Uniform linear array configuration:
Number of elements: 32
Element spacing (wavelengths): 1
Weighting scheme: hann
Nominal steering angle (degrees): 60
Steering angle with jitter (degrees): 60.647
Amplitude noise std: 0.05
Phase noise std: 0.05

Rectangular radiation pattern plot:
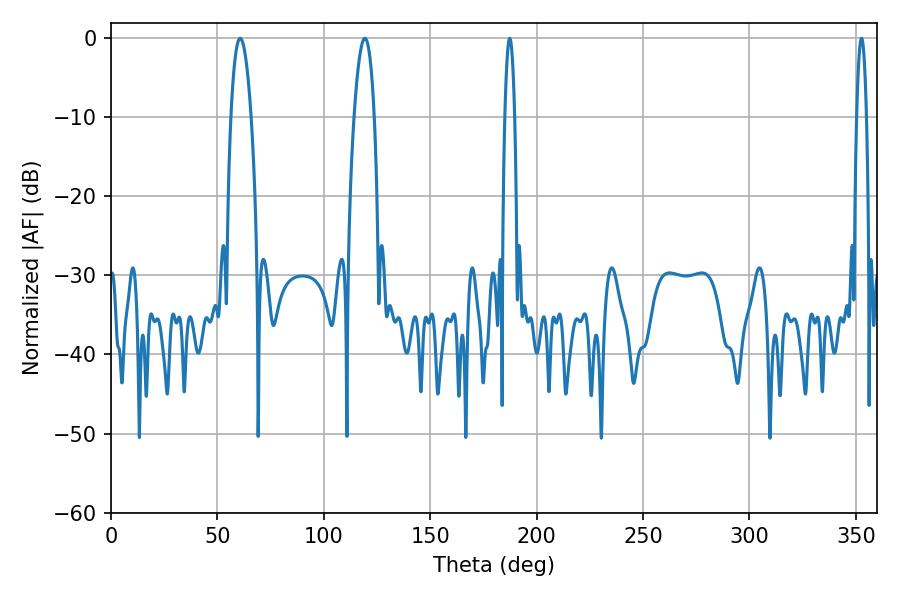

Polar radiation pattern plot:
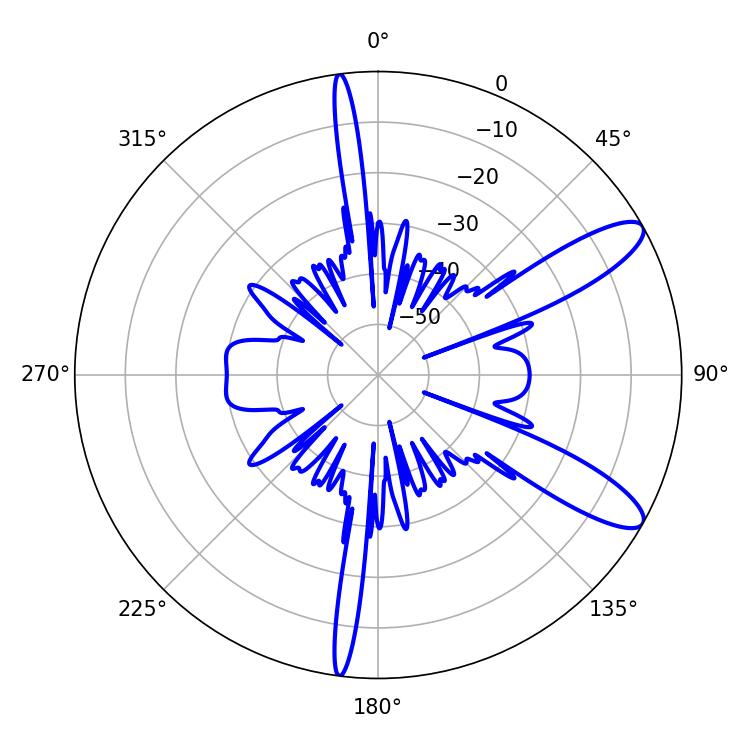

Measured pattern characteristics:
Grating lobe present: TRUE
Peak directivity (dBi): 10.959
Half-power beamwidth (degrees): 5.4
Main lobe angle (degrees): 60.66